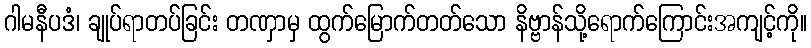
ဂါမနီပဒံ၊ ချုပ်ရာတပ်ခြင်း တဏှာမှ ထွက်မြောက်တတ်သော နိဗ္ဗာန်သို့ရောက်ကြောင်းအကျင့်ကို။